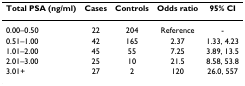
| Total PSA (ng/ml) | Cases | Controls | Odds ratio | 95% CI |
 | --- | --- | --- | --- | --- |
 | 0.00–0.50 | 22 | 204 | Reference | - |
 | 0.51–1.00 | 42 | 165 | 2.37 | 1.33, 4.23 |
 | 1.01–2.00 | 45 | 55 | 7.25 | 3.89, 13.5 |
 | 2.01–3.00 | 25 | 10 | 21.5 | 8.58, 53.8 |
 | 3.01+ | 27 | 2 | 120 | 26.0, 557 |